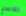
تقاعدي